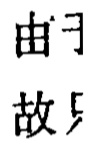
由于

故只